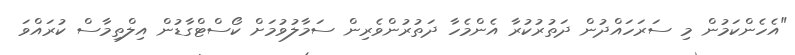
"އެހެންކަމުން މި ސަރަހައްދުން ދަތުރުކުރާ އެންމެހާ ދަތުރުންވެރިން ސަމާލުވުމަށް ކޯސްޓްގާޑުން އިލްތިމާސް ކުރައްވަ